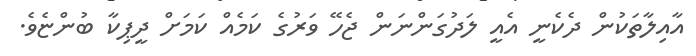
އާއިލާތަކުން ދެކެނީ އެއީ ލަދުގަންނަން ޖެހޭ ވަރުގެ ކަމެއް ކަމަށް ދީޕިކާ ބުންޏެވެ.